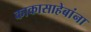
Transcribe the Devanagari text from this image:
काकासाहेबांना